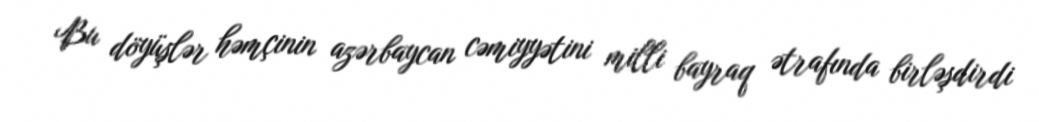
Bu döyüşlər həmçinin azərbaycan cəmiyyətini milli bayraq ətrafında birləşdirdi